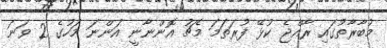
މުބާރާތުގައި ރާއްޖެ ކުޅޭ ފުރަތަމަ މެޗު އޮންނާނީ އަންނަ މަހުގެ 2 ވަނަ